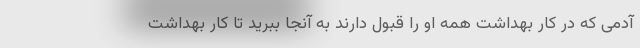
آدمی که در کار بهداشت همه او را قبول دارند به آنجا ببرید تا کار بهداشت